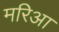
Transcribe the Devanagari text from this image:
मरिआ